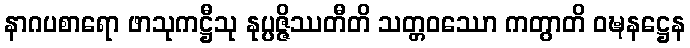
နာဂပစာရော ဖာသုကဋ္ဌီသု နုပ္ပဇ္ဇိဿတီတိ သတ္တဝဿော ကတွာတိ ဝဍ္ဎနဋ္ဌေန